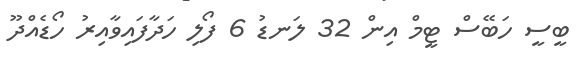
ބީސީ ހަބޭސް ޓީމް އިން 32 ލަނޑު 6 ފޯލި ހަދާފައިވާއިރު ހޯޑެއްދޫ